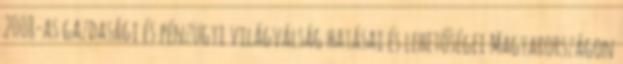
2008-as gazdasági és pénzügyi világválság hatásai és lehetőségei Magyarországon